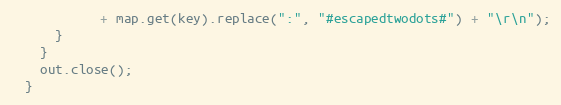
Language: Java
            + map.get(key).replace(":", "#escapedtwodots#") + "\r\n");
      }
    }
    out.close();
  }